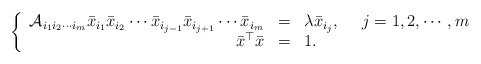
\begin{align*}\left\{\begin{array}{rcl}\mathcal{A}_{i_1i_2\cdots i_m}\bar x_{i_1}\bar x_{i_2}\cdots \bar x_{i_{j-1}}\bar x_{i_{j+1}}\cdots \bar x_{i_m}&=&\lambda \bar x_{i_j},~~~~j=1,2,\cdots, m\\\bar x^\top \bar x&=&1.\end{array}\right.\end{align*}